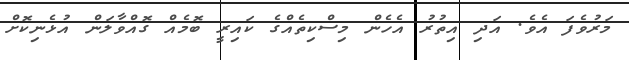
މަރުވެފަ އެވެ. އަދި އިތުރު އެހެން މިސްކިތެއްގެ ކައިރީ ބޮމެއް ގޮއްވާލަން އުޅެނިކޮށް